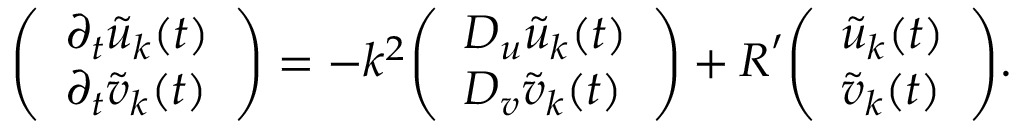
{ \left( \begin{array} { l } { \partial _ { t } { \tilde { u } } _ { \boldsymbol { k } } ( t ) } \\ { \partial _ { t } { \tilde { v } } _ { \boldsymbol { k } } ( t ) } \end{array} \right) } = - k ^ { 2 } { \left( \begin{array} { l } { D _ { u } { \tilde { u } } _ { \boldsymbol { k } } ( t ) } \\ { D _ { v } { \tilde { v } } _ { \boldsymbol { k } } ( t ) } \end{array} \right) } + { \boldsymbol { R } } ^ { \prime } { \left( \begin{array} { l } { { \tilde { u } } _ { \boldsymbol { k } } ( t ) } \\ { { \tilde { v } } _ { \boldsymbol { k } } ( t ) } \end{array} \right) } .